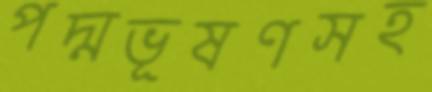
পদ্মভূষণসহ